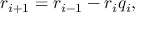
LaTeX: r _ { i + 1 } = r _ { i - 1 } - r _ { i } q _ { i } ,